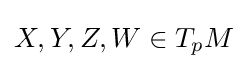
{\textstyle X,Y,Z,W\in T_{p}M}